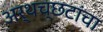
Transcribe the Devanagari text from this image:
अर्थच्‍छटांचा